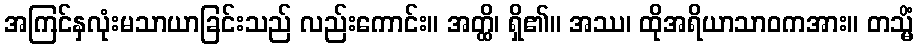
အကြင်နှလုံးမသာယာခြင်းသည် လည်းကောင်း။ အတ္ထိ၊ ရှိ၏။ အဿ၊ ထိုအရိယာသာဝကအား။ တသ္မိံ